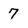
Character: 7